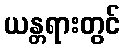
ယန္တရားတွင်